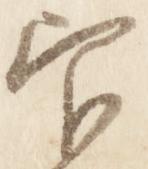
官